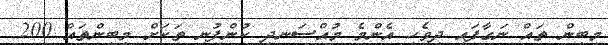
މިބިން ތައް ނަގާފައި ދިވެހި އެންމެ މުއްސަނދި ކުންފުނި ތަކަށް މިބިންތައް 200